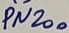
Text: PN200